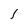
Character: l